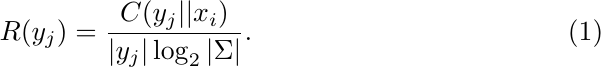
\begin{equation}
    R(y_j) = \frac{C(y_j||x_i)}{|y_j|\log_2|\Sigma|}.
\end{equation}